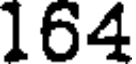
164